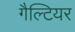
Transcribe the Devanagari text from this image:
गैल्टियर